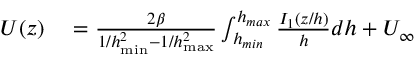
\begin{array} { r l } { U ( z ) } & { { } = \frac { 2 \beta } { 1 / h _ { \operatorname* { m i n } } ^ { 2 } - 1 / h _ { \operatorname* { m a x } } ^ { 2 } } \int _ { h _ { m i n } } ^ { h _ { m a x } } \frac { I _ { 1 } \left( { z } / { h } \right) } { h } d h + U _ { \infty } } \end{array}